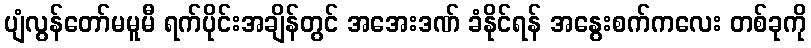
ပျံလွန်တော်မမူမီ ရက်ပိုင်းအချိန်တွင် အအေးဒဏ် ခံနိုင်ရန် အနွေးစက်ကလေး တစ်ခုကို